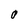
Character: 0